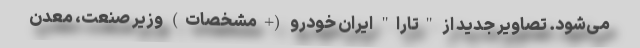
می‌شود. تصاویر جدید از "تارا" ایران خودرو (+مشخصات) وزیر صنعت، معدن